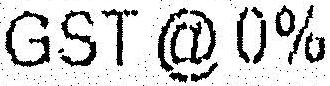
GST @ 0%